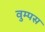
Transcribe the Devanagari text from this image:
वुम्पस